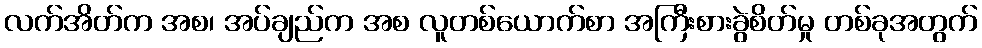
လက်အိတ်က အစ၊ အပ်ချည်က အစ လူတစ်ယောက်စာ အကြီးစားခွဲစိတ်မှု တစ်ခုအတွက်